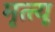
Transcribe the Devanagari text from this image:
मृत्त्यू